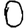
Digit: 0